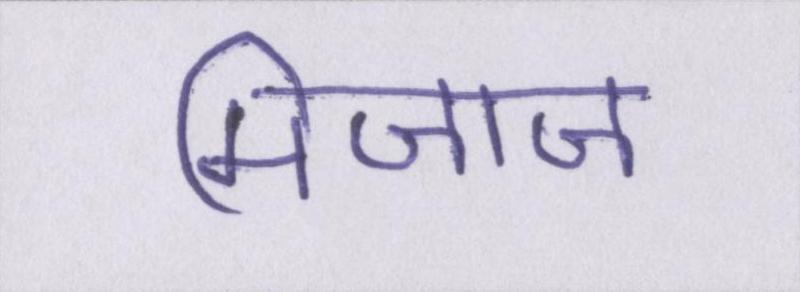
मिजाज